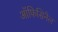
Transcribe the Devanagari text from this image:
ऑफिसिनैल